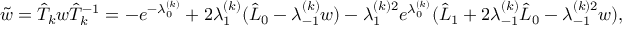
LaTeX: \tilde { w } = { \hat { T } _ { k } } w { \hat { T } _ { k } } ^ { - 1 } = - e ^ { - \lambda _ { 0 } ^ { ( k ) } } + 2 \lambda _ { 1 } ^ { ( k ) } ( \hat { L } _ { 0 } - \lambda _ { - 1 } ^ { ( k ) } w ) - \lambda _ { 1 } ^ { ( k ) 2 } e ^ { \lambda _ { 0 } ^ { ( k ) } } ( \hat { L } _ { 1 } + 2 \lambda _ { - 1 } ^ { ( k ) } \hat { L } _ { 0 } - { \lambda _ { - 1 } ^ { ( k ) 2 } } w ) ,